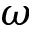
\boldsymbol { \omega }